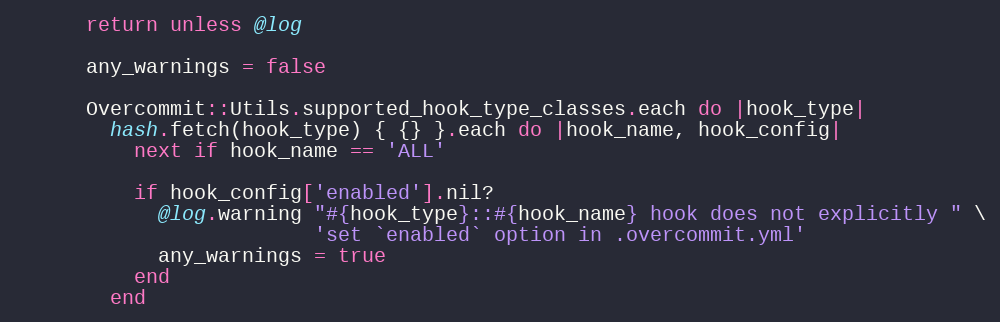
Language: Ruby
      return unless @log

      any_warnings = false

      Overcommit::Utils.supported_hook_type_classes.each do |hook_type|
        hash.fetch(hook_type) { {} }.each do |hook_name, hook_config|
          next if hook_name == 'ALL'

          if hook_config['enabled'].nil?
            @log.warning "#{hook_type}::#{hook_name} hook does not explicitly " \
                         'set `enabled` option in .overcommit.yml'
            any_warnings = true
          end
        end